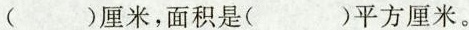
( )厘米，面积是( )平方厘米。